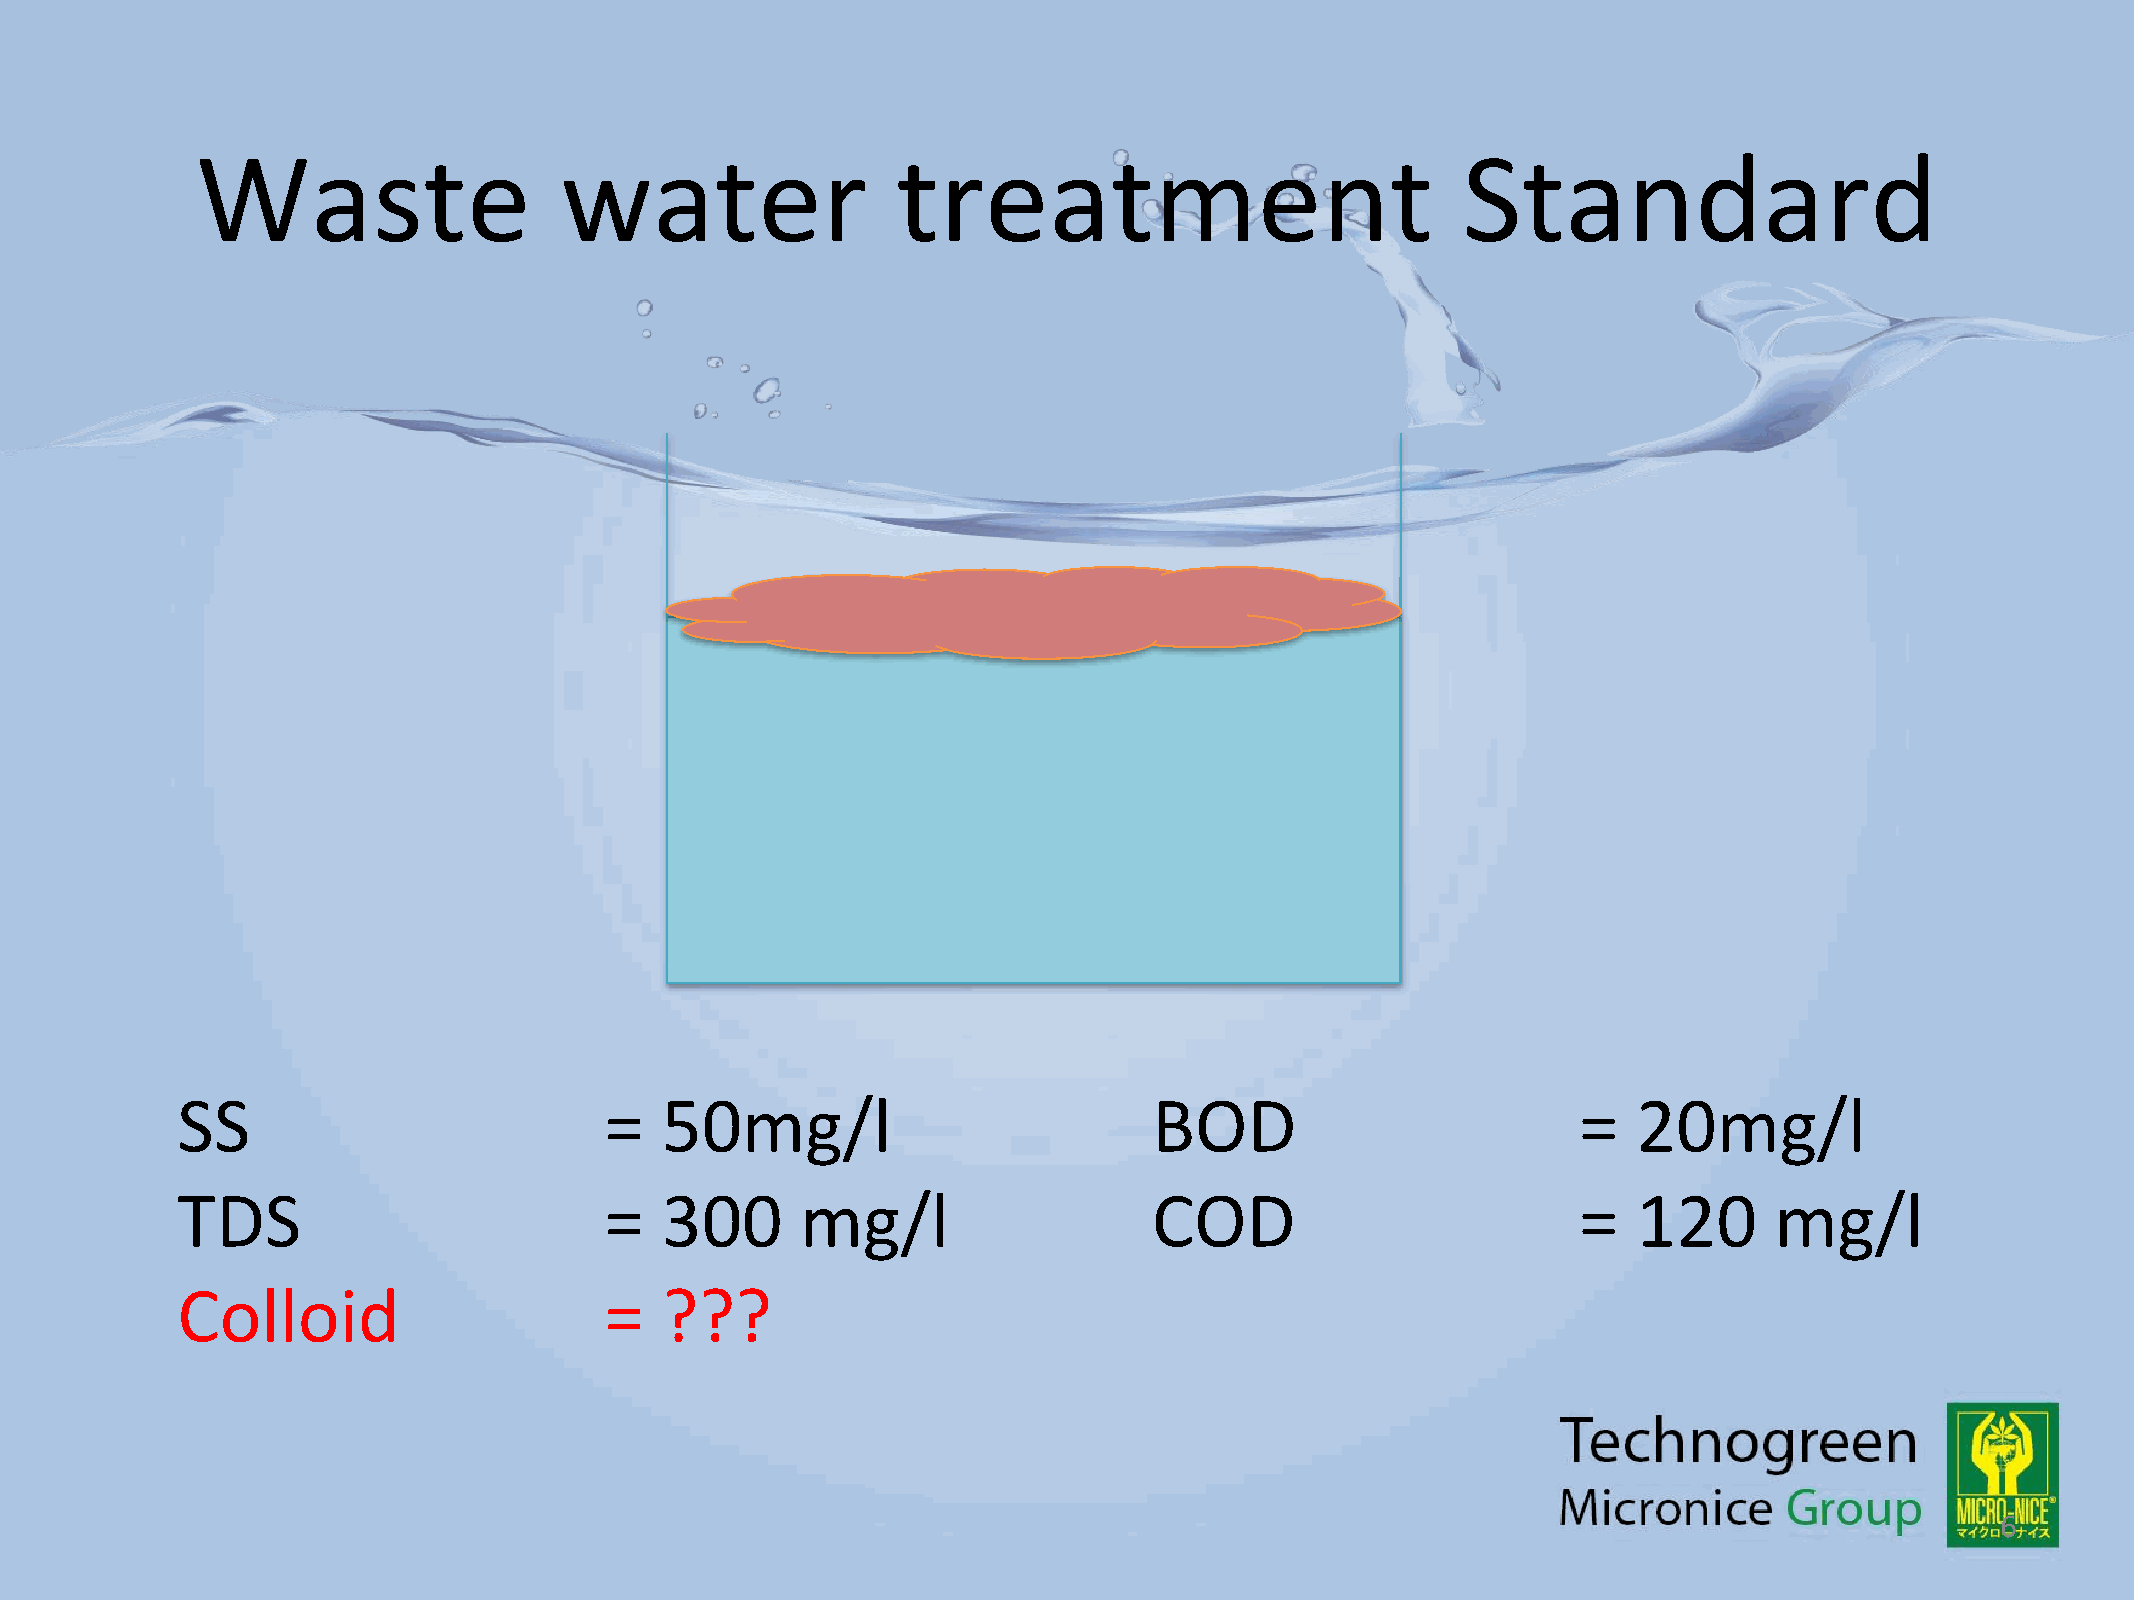
Waste                   water                 treatment                             Standard
 SS                          =   50mg/l                          BOD                         =   20mg/l
 TDS                         =   300      mg/l                   COD                         =   120      mg/l
 Colloid                     =   ???
 6